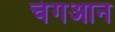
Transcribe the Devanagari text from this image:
चंगआन